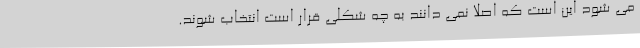
می شود این است که اصلا نمی دانند به چه شکلی قرار است انتخاب شوند.